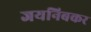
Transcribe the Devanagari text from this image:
जयनिबकर